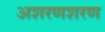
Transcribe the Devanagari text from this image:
अशरणशरण